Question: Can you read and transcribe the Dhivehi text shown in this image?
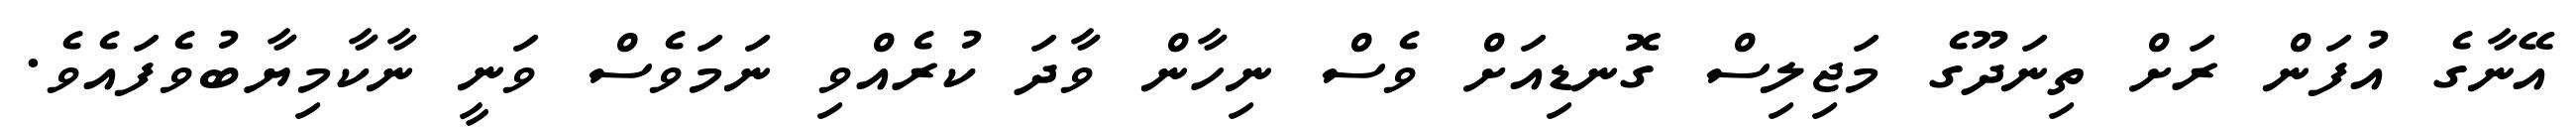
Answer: އޭނާގެ އުފަން ރަށް ތިނަދޫގެ މަޖިލިސް ގޮނޑިއަށް ވެސް ނިހާން ވާދަ ކުރެއްވި ނަމަވެސް ވަނީ ނާކާމިޔާބުވެފައެވެ.